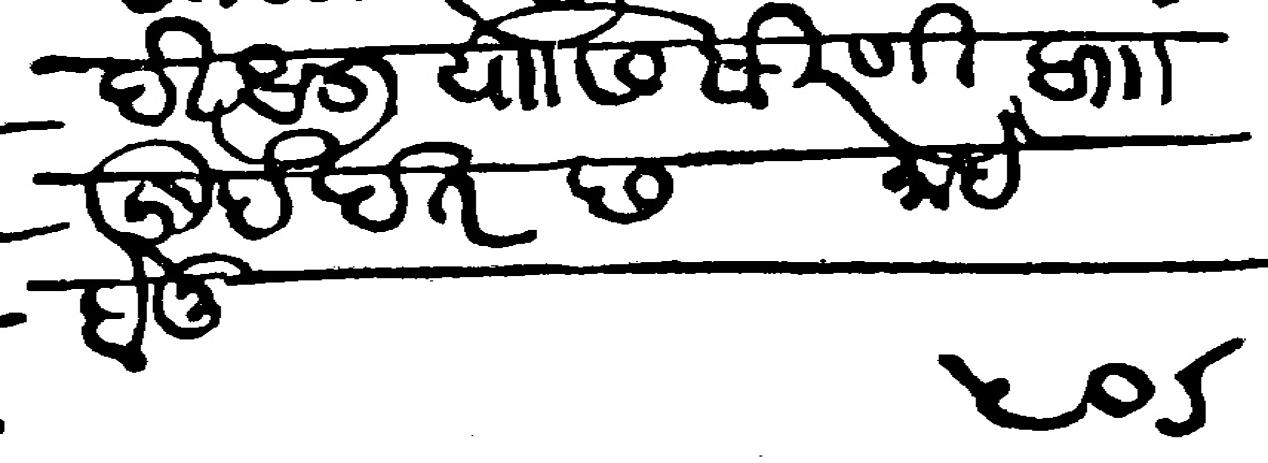
Transliteration (Devanagari): दिधली यासि सिरणी वा खुर्दखत छ माहे होनू ५००